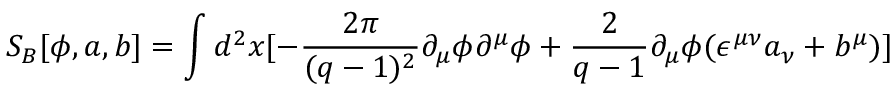
S _ { B } [ \phi , a , b ] = \int d ^ { 2 } x [ - \frac { 2 \pi } { ( q - 1 ) ^ { 2 } } \partial _ { \mu } \phi \partial ^ { \mu } \phi + \frac { 2 } { q - 1 } \partial _ { \mu } \phi ( \epsilon ^ { \mu \nu } a _ { \nu } + b ^ { \mu } ) ]